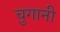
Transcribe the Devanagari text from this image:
चुगानी